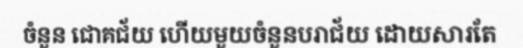
ចំនួន ជោគជ័យ ហើយមួយចំនួនបរាជ័យ ដោយសារតែ